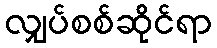
လျှပ်စစ်ဆိုင်ရာ